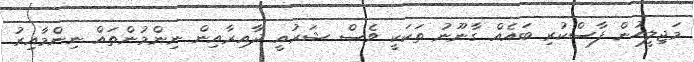
މަޖިލީހުން ފާސްކުރި ބައެއް ގާނޫނު ތަކަކީ ވެސް ޝަރުއީ ދާއިރާއިން ނިންމުންތައް ނިންމާއިރު